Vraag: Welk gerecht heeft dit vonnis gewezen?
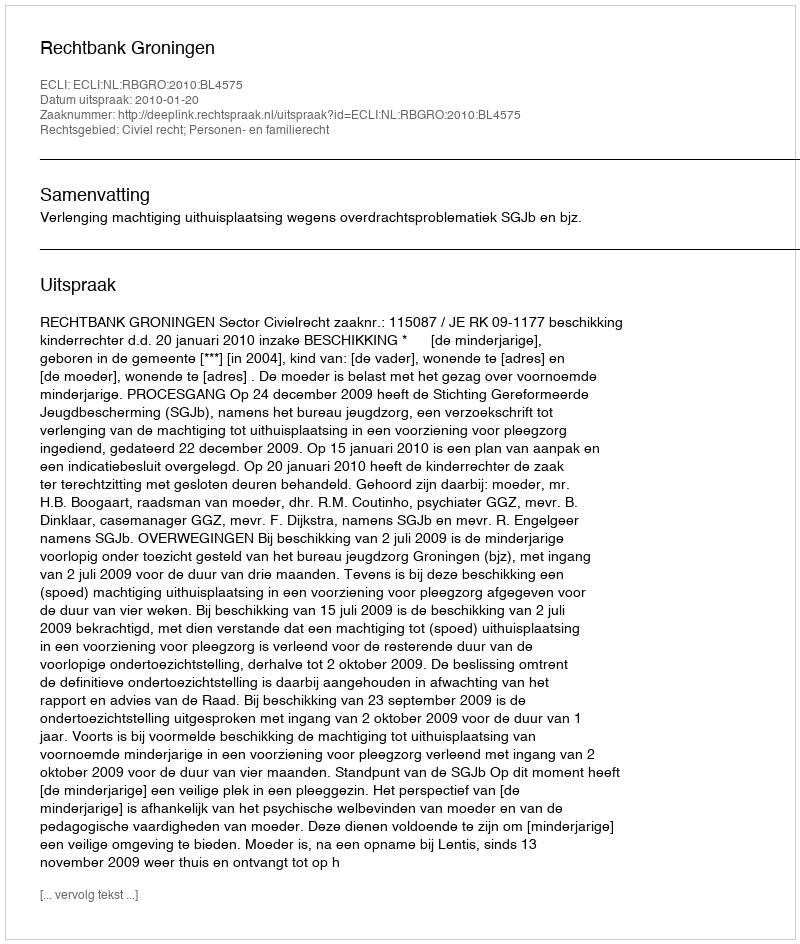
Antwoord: Rechtbank Groningen